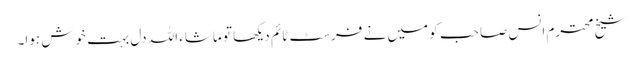
شیخ محترم انس صاحب کو میں نے فرسٹ ٹائم دیکھا تو ماشاء اللہ دل بہت خوش ہوا۔